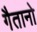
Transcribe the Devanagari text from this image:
गैतानो